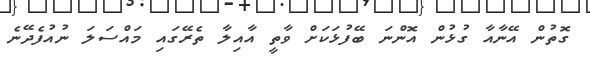
ގޮތުން އޭނާއާ ގުޅުން އޮންނަ ބޭފުޅަކަށް ވާތީ އާއިލާ ތެރޭގައި މައްސަލަ ނުއުފެދޭނެ